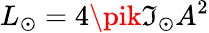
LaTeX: L_{\odot}=4\pik\mathfrak{I}_{\odot}A^{2}